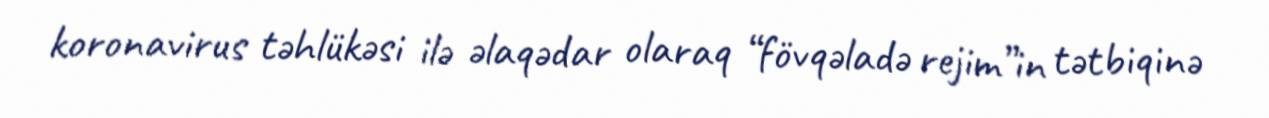
koronavirus təhlükəsi ilə əlaqədar olaraq “fövqəladə rejim”in tətbiqinə